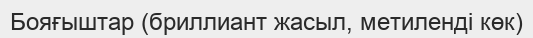
Бояғыштар (бриллиант жасыл, метиленді көк)